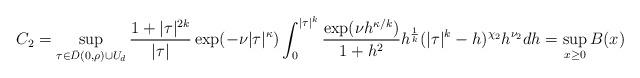
LaTeX: \begin{align*} C_{2} = \sup_{\tau \in \bar{D}(0,\rho) \cup U_{d}}\frac{1 + |\tau|^{2k}}{|\tau|} \exp( -\nu |\tau|^{\kappa} ) \int_{0}^{|\tau|^k}\frac{\exp( \nu h^{\kappa/k} )}{1+h^2}h^{\frac{1}{k}} (|\tau|^{k}-h)^{\chi_2} h^{\nu_2} dh= \sup_{x \geq 0} B(x) \end{align*}